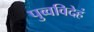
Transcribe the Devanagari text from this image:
पुव्वविदेहं